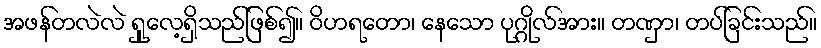
အဖန်တလဲလဲ ရှုလေ့ရှိသည်ဖြစ်၍။ ဝိဟရတော၊ နေသော ပုဂ္ဂိုလ်အား။ တဏှာ၊ တပ်ခြင်းသည်။